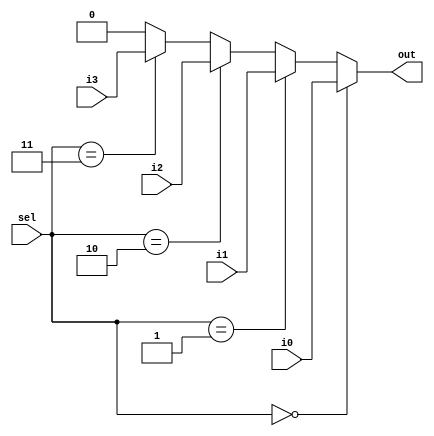
module mux41(out,i0,i1,i2,i3,sel);
input i0,i1,i2,i3;
input [1:0] sel;
output out;
reg out;



always @(i0 or i1 or i2 or i3 or sel) begin
    if(sel==2'b00) out<=i0;
    else if (sel==2'b01) out<=i1;
    else if (sel==2'b10) out<=i2;
    else if (sel==2'b11) out<=i3;
    else  out<=1'b0;
end

endmodule